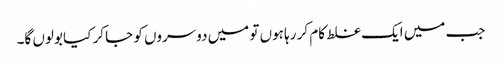
جب میں ایک غلط کام کر رہا ہوں تو میں دوسروں کو جا کر کیا بولوں گا۔